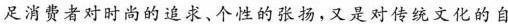
足消费者对时尚的追求、个性的张扬，又是对传统文化的自